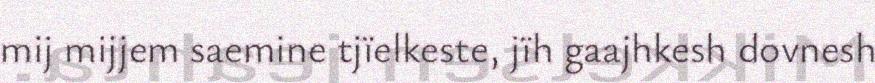
mij mijjem saemine tjïelkeste, jïh gaajhkesh dovnesh